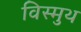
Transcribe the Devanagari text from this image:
विस्मुथ